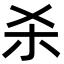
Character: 杀